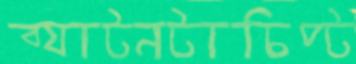
ব্যাটনটাচিপ্‌ট